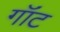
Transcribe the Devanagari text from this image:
गॉंट